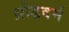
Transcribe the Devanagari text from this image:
थ्रोडवर्म